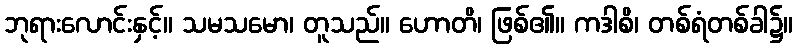
ဘုရားလောင်းနှင့်။ သမသမော၊ တူသည်။ ဟောတိ၊ ဖြစ်၏။ ကဒါစိ၊ တစ်ရံတစ်ခါ၌။